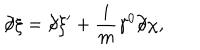
LaTeX: \partial \! \! \! / \xi = \partial \! \! \! / \xi ^ { \prime } + \frac { i } { m } \gamma ^ { 0 } \partial \! \! \! / \chi ,